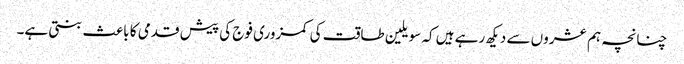
چنانچہ ہم عشروں سے دیکھ رہے ہیں کہ سویلین طاقت کی کمزوری فوج کی پیش قدمی کا باعث بنتی ہے۔